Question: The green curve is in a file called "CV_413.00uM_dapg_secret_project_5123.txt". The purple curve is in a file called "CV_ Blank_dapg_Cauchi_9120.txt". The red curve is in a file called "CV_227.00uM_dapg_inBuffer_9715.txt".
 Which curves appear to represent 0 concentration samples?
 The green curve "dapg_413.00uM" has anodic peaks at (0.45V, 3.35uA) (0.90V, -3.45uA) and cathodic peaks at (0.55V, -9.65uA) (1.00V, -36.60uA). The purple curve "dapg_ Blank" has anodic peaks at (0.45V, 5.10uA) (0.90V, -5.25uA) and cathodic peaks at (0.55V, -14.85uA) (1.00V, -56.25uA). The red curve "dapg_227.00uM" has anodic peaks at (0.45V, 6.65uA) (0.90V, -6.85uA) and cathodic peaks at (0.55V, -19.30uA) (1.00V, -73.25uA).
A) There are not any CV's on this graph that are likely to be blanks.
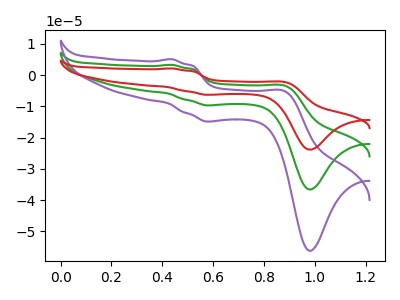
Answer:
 <answer>A) There are not any CV's on this graph that are likely to be blanks.</answer>
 <eval>A</eval>